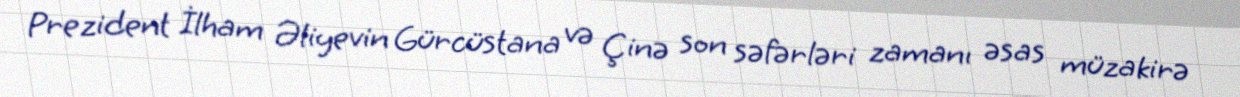
Prezident İlham Əliyevin Gürcüstana və Çinə son səfərləri zamanı əsas müzakirə